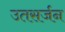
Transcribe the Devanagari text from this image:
उतसर्जन